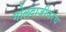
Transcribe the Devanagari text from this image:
गोलदाजीवरच